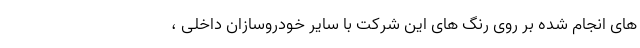
های انجام شده بر روی رنگ های این شرکت با سایر خودروسازان داخلی ،